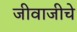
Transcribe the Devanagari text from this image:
जीवाजीचे